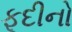
ફૂદીનો